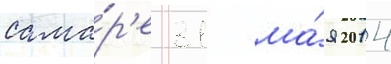
сама́р'е 31 ма́я 2014